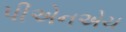
પીએનએચ